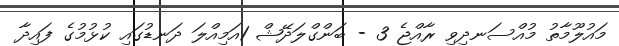
މައުލޫމާތު މުއްސަނދިވި ރާއްޖެ 3 - ބަންގްލަދޭޝް 1އަމިއްލަ ދަނޑުގައި ކުޅުމުގެ ފައިދާ